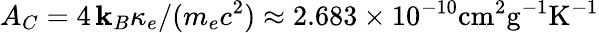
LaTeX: A_{C}=4\, \mathbf{k}_{B}\kappa_{e}/(m_{e}c^{2})\approx2.683\times10^{-10}\mathrm{{cm^{2}g^{-1}K^{-1}}}